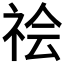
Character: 𰧻